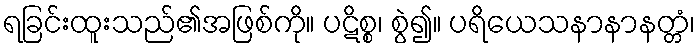
ရခြင်းထူးသည်၏အဖြစ်ကို။ ပဋိစ္စ၊ စွဲ၍။ ပရိယေသနာနာနတ္တံ၊